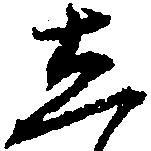
し